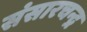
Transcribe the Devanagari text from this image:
संसारचन्द्र